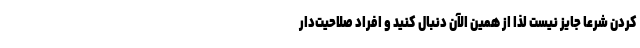
کردن شرعاً جایز نیست لذا از همین الآن دنبال کنید و افراد صلاحیت‌دار